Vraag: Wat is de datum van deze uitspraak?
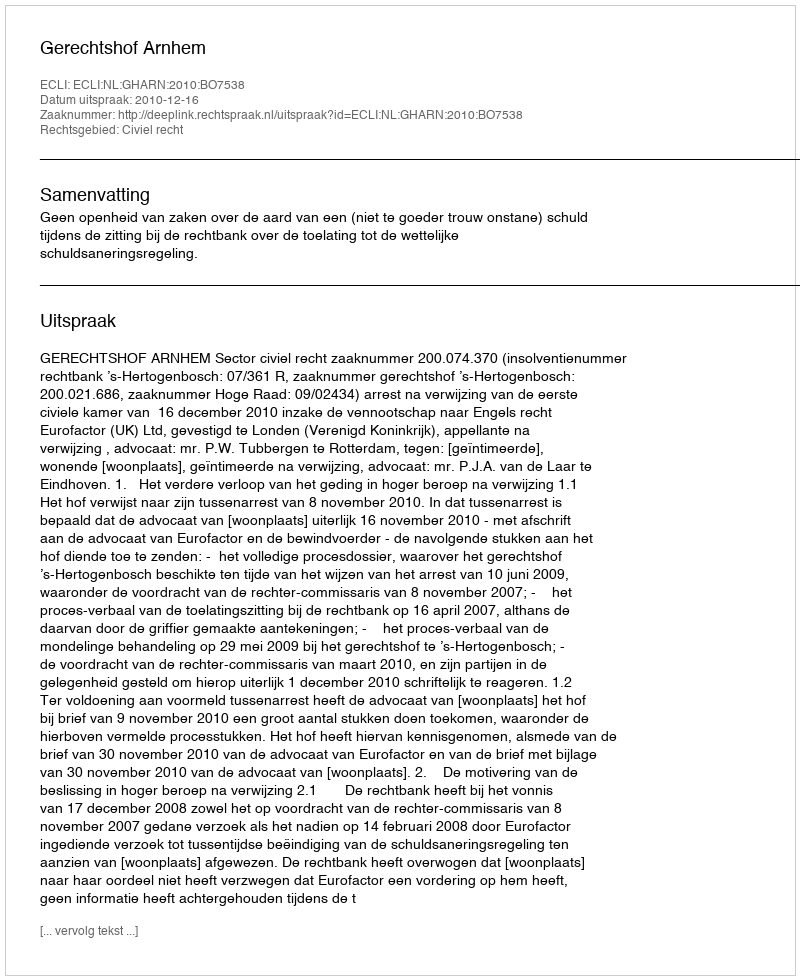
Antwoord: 2010-12-16